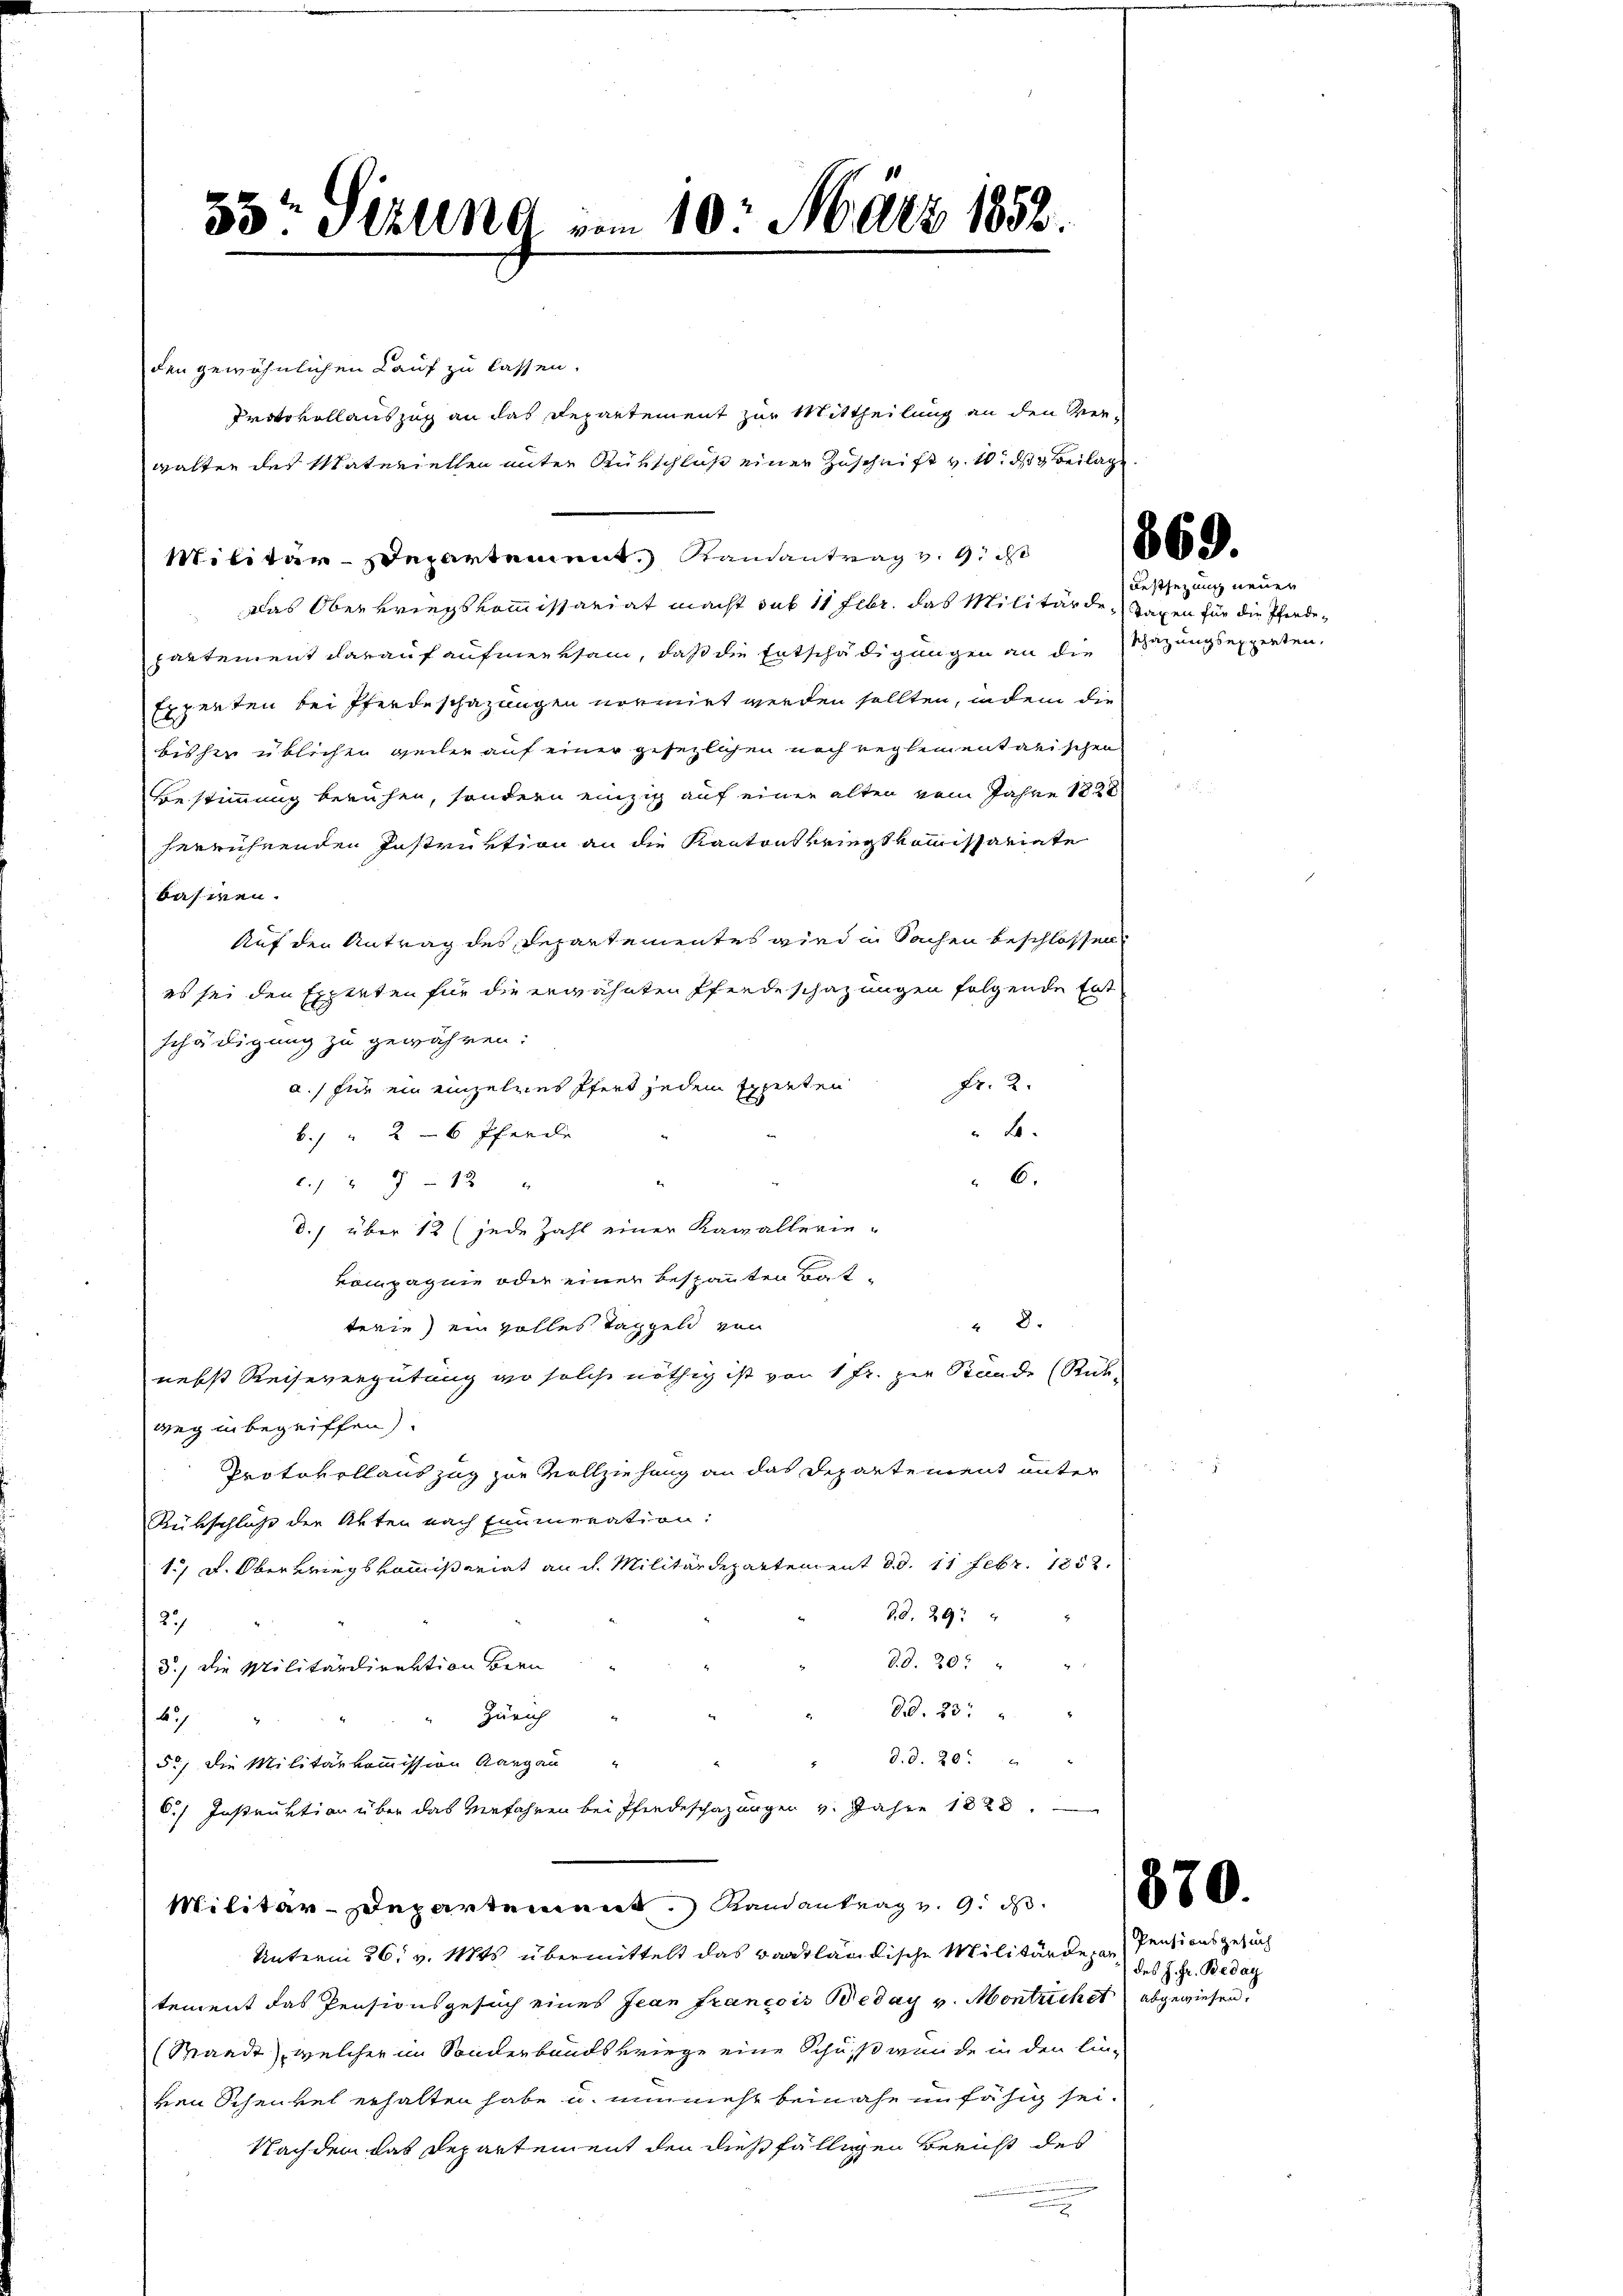
den gewöhnlichen Kauf zu lassen.
das Oberkriegskommissariat macht das 11 Febr. das Militärde, Taxen für die Pferdepartement darauf aufmerksam, daß die Entschädigungen an die Sazungsexperten,
Erperten bei Pferdeschazungen normirt werden sollten, indem die
bisher üblichen Heilen auf einer gesezlichen noch reglementarischen
Bestimmung beruhen, sondern einzig auf einer alten vom Jahre 1828
herrührenden Instruktion an die Kantonskriegskommissariate
basiren.
Auf den Antrag des Departementes wird in Sachen beschlossen.
es sei den Experten für die erwähnten Pferde schazungen folgende Ent
schädigung zu gewähren:
Fr. 2.
a.) für ein einzelnes Pfert jedem Experten
B.
b. " 26 Pferde
6.
2.1912
d.) über 12 (jede Zahl einer Kavallerie-
kompagnie oder einer bespannten Bat-
" 8.
terie) ein volles Taggeld von
nebst Reisevergütung wo solche nöthig ist von 1 Fr. zur Stande (Rück-
weg in begriffen).
Protokollauszug zur Vollziehung an das Departement unter
Rübschluß der Akten nach Enumeration:
17 u. Oberkriegskommißariat an dh. Militärdepartement d. d. 11 Febr. 1858.
Bd. 29.
27
d.d. 20 " "
d.) Die Militärdirektion Bern
d. 23. " "
Zürich
A
d. d. 20t " "
5.) Die Militärkommission Aargau
C.) Instruktion über das Verfahren bei Pferdeschazungen v. Jahre 1828.
Militar-Departement Randantrag v. 9. d. 1880
Unterm 26. v. Mts. übermittelt das Bartländische Militärdepardes J. Hr. Bedac
tement das Pensionsgesuch eines Jean francois Beday v. Montrichst abgewiesen.
(Waadt, welcher im Sonderbands virge eine Schuß wurde in den linven Schenkel erhalten habe u. nunmehr beinahe unfähig sei.
Nachdem das Departement den dießfälligen Bericht des
.

55: Sizung vom 10. März 1852.

Militär-Departement, Randantrag v. 9. d

Protokollauszug an das Departement zur Mittheilung an den Ver-
walten des Materiellen unter Rückschluß einer Zuschrift v. 10. ds Beilage

869.

Festsezung neuen

Pensionsgesuch